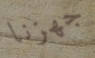
جهزنا